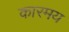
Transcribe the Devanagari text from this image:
कारमय